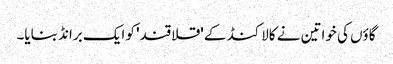
گاؤں کی خواتین نے کالاکنڈ کے 'قلاقند' کو ایک برانڈ بنایا۔